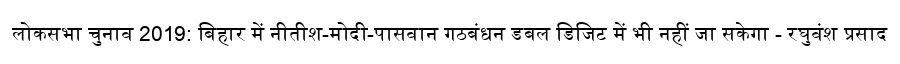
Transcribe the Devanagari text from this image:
लोकसभा चुनाव 2019: बिहार में नीतीश-मोदी-पासवान गठबंधन डबल डिजिट में भी नहीं जा सकेगा - रघुवंश प्रसाद